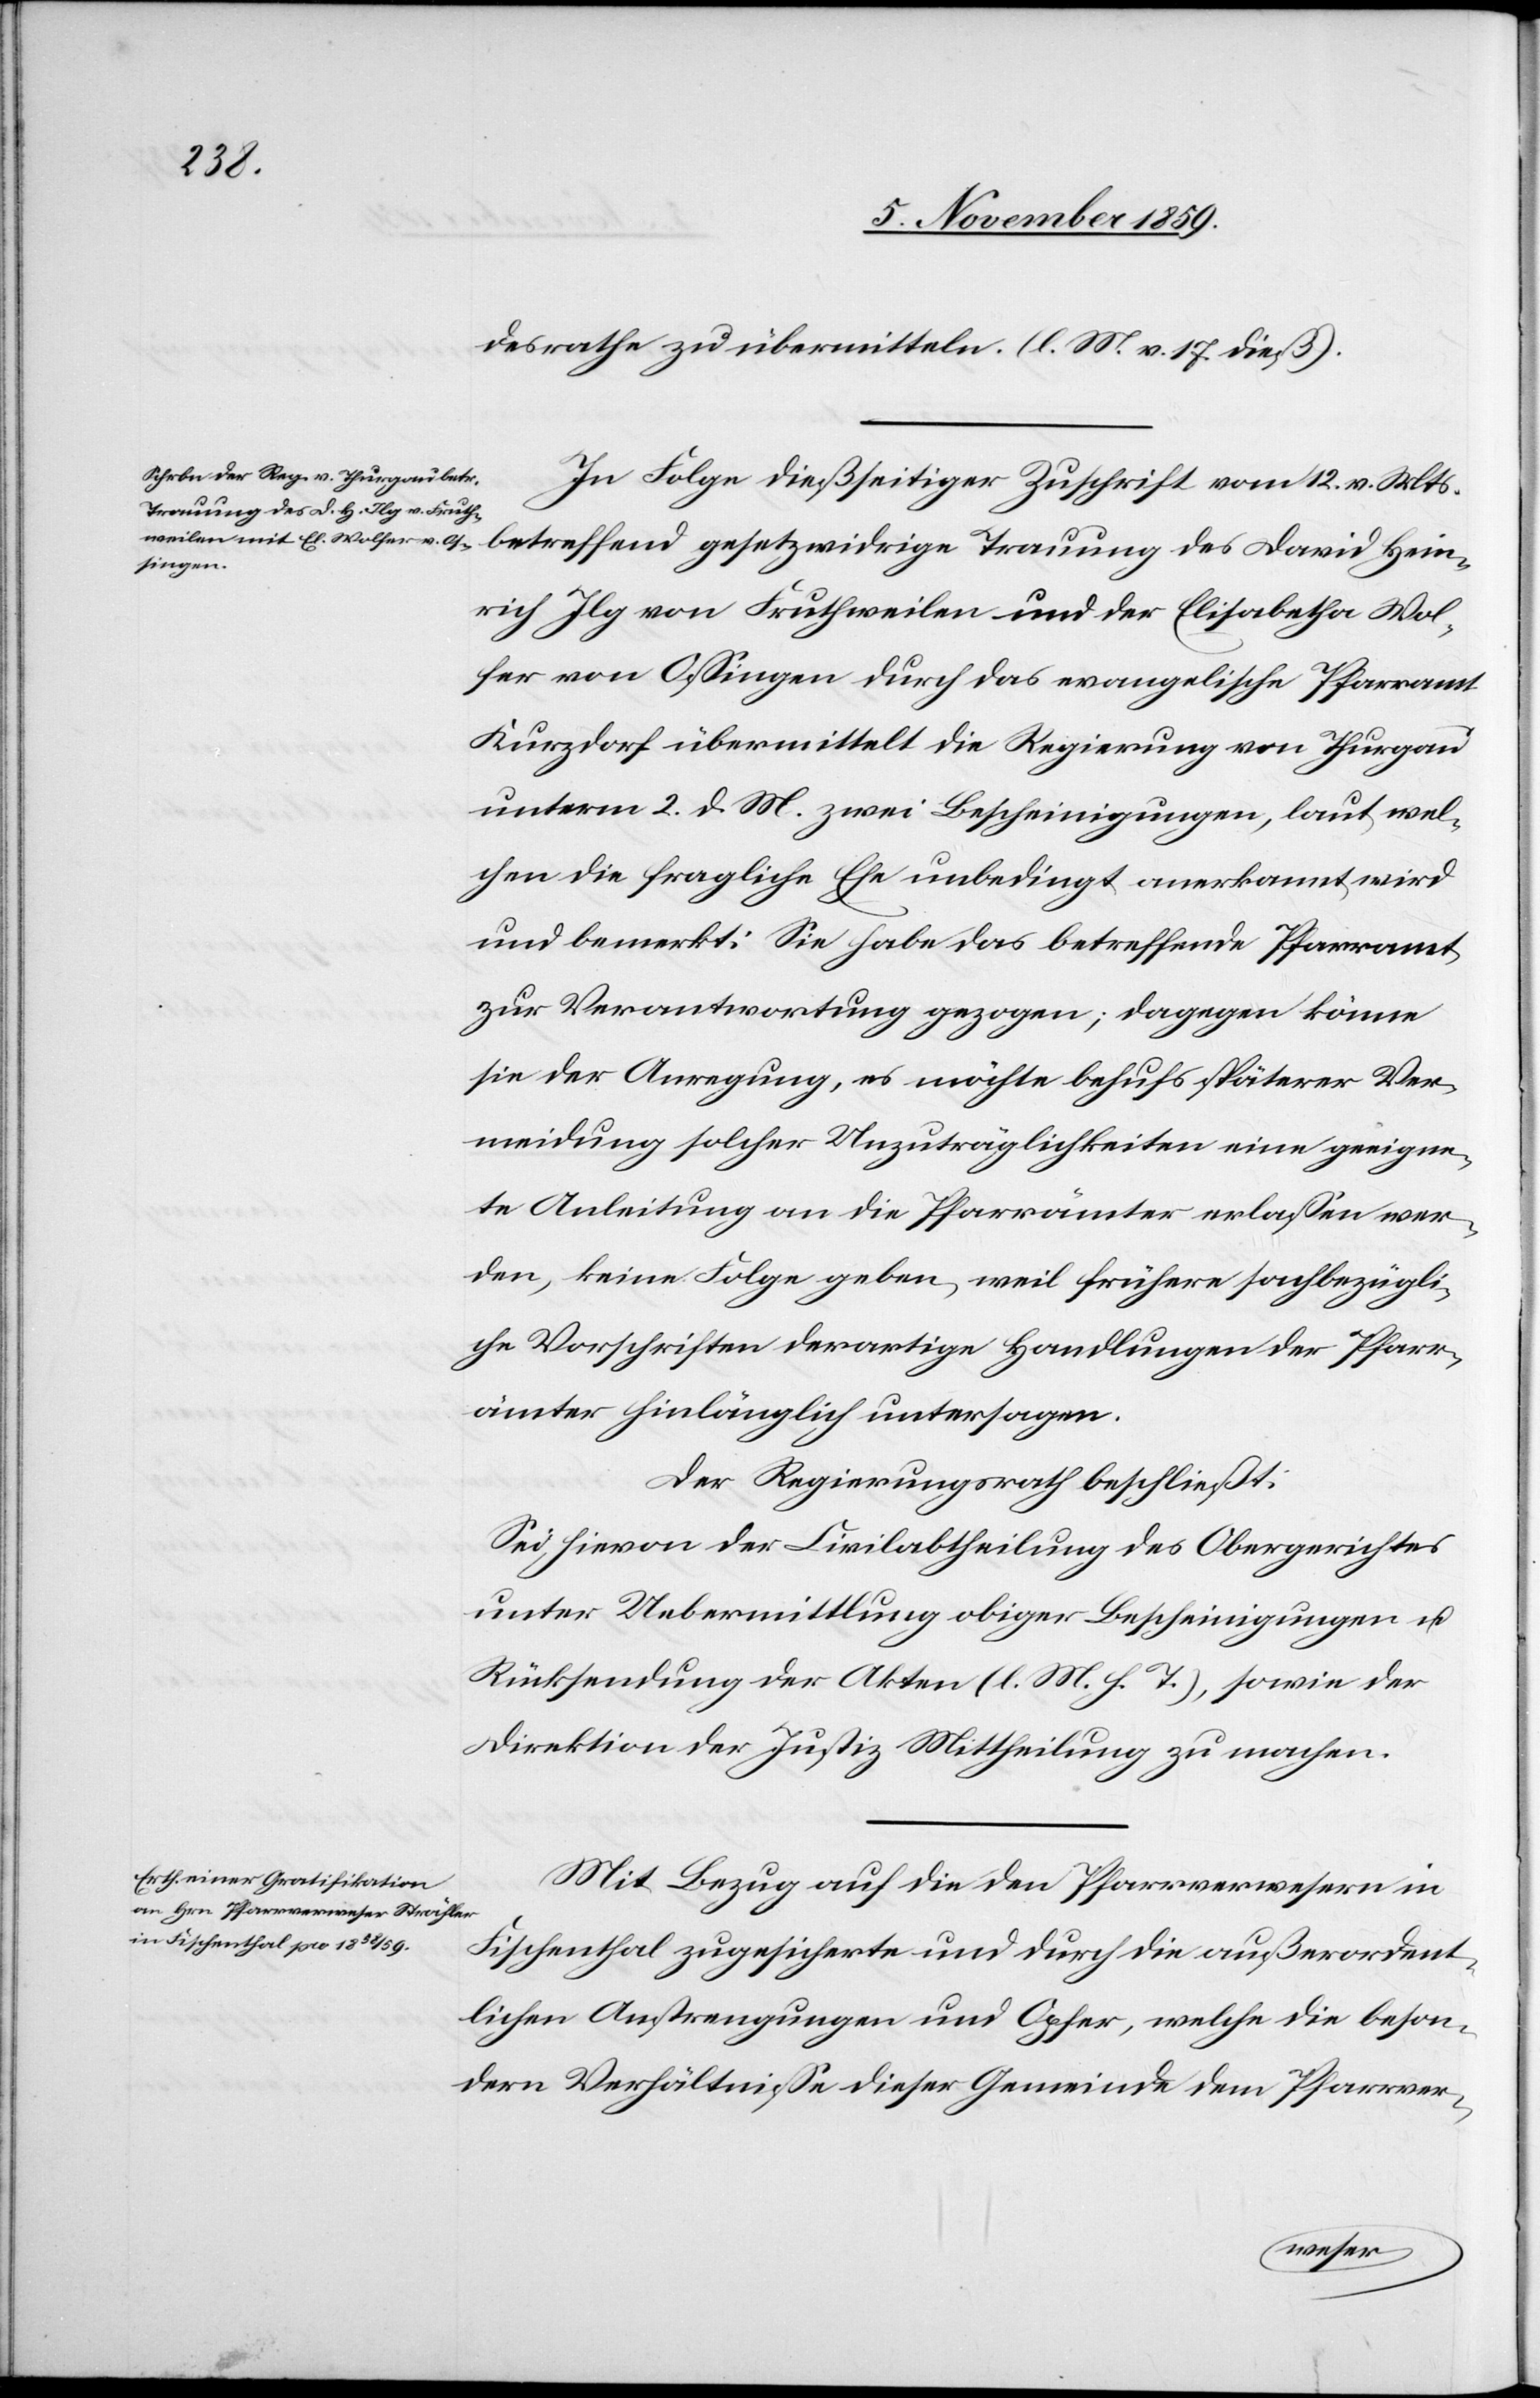
desrath zu übermitteln. (l. M. v. 17. dieß).
In Folge dießseitiger Zuschrift vom 12. v. Mts.
betreffend gesetzwidriger Trauung des David Hein¬
rich Ilg von Fruthweilen und der Elisabetha Wol¬
fer von Ossingen durch das evangelische Pfarramt
Kurzdorf übermittelt die Regierung von Thurgau
unterm 2. d. M. zwei Bescheinigungen, laut wel¬
chen die fragliche Ehe unbedingt anerkannt wird
und bemerkt: Sie habe das betreffende Pfarramt
zur Verantwortung gezogen; dagegen könne
sie der Anregung, es möchte behufs späterer Ver¬
meidung solcher Unzuträglichkeiten eine geeigne¬
te Anleitung an die Pfarrämter erlassen wer¬
den, keine Folge geben, weil frühere fachbezügli¬
che Vorschriften derartige Handlungen der Pfarr¬
ämter hinlänglich untersagen.
Der Regierungsrath beschließt:
Sei hievon der Civilabtheilung des Obergerichtes
unter Uebermittlung obiger Bescheinigung &
Rücksendung der Akten (l. M. h. T.), sowie der
Direktion der Justiz Mittheilung zu machen.
Mit Bezug auf die den Pfarrverwesern in
Fischenthal zugesicherte und durch die außerordent¬
lichen Anstrengungen und Opfer, welche die beson¬
dern Verhältnisse dieser Gemeinde dem Pfarrver-